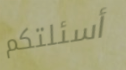
أسئلتكم